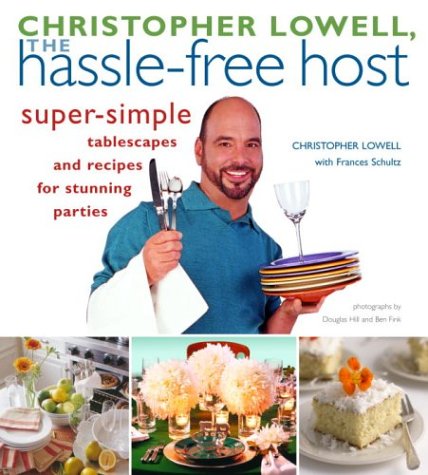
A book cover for Christopher Lowell, The Hassle-Free Host: Super-Simple Tablescapes and Recipes for Stunning Parties; Christopher Lowell; Cookbooks, Food & Wine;